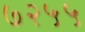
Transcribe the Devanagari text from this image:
७२५५